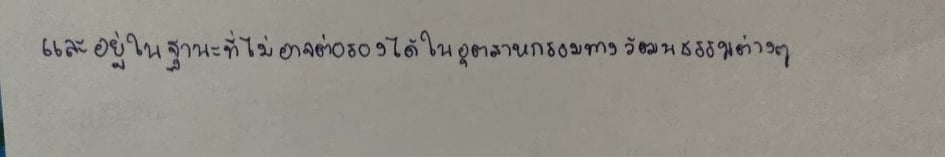
และอยู่ในฐานะที่ไม่อาจต่อรองได้ในอุตสาหกรรมทางวัฒนธรรมต่าง ๆ